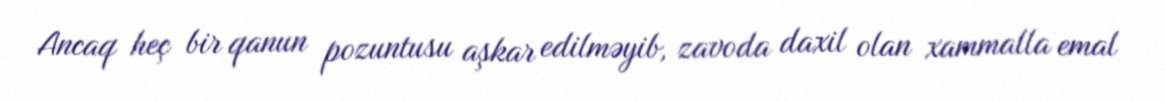
Ancaq heç bir qanun pozuntusu aşkar edilməyib, zavoda daxil olan xammalla emal